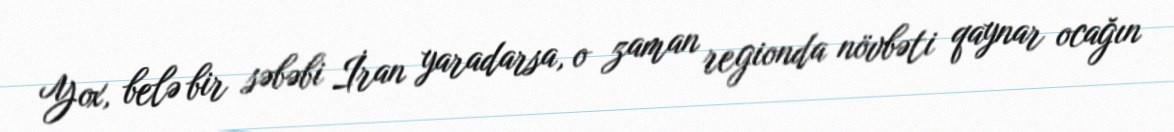
Yox, belə bir səbəbi İran yaradarsa, o zaman regionda növbəti qaynar ocağın